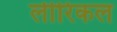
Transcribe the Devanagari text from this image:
लीरिकल